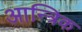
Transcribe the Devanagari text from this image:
आन्त्रिक